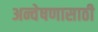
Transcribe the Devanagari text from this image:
अन्वेषणासाठी